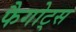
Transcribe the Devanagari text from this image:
फैगोट्स